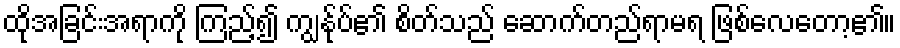
ထိုအခြင်းအရာကို ကြည့်၍ ကျွန်ုပ်၏ စိတ်သည် ဆောက်တည်ရာမရ ဖြစ်လေတော့၏။